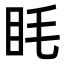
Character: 眊